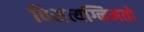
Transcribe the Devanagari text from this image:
विशत्यग्निमतो